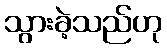
သွားခဲ့သည်ဟု